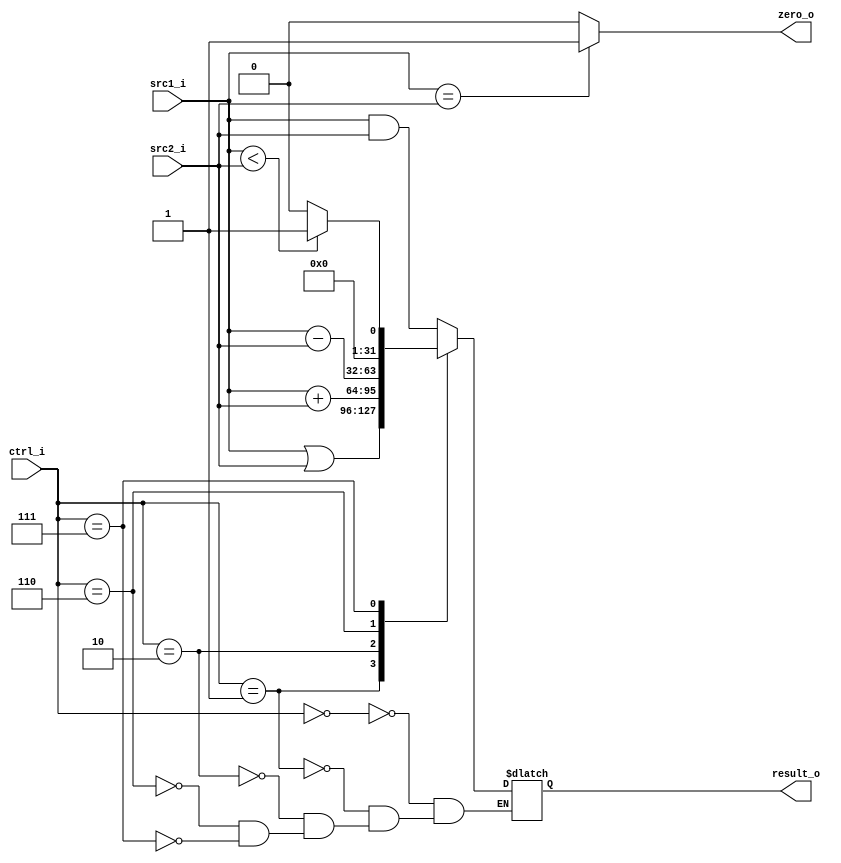
//Subject:     Architecture project 2 - ALU
//--------------------------------------------------------------------------------
//Version:     1
//--------------------------------------------------------------------------------
//Writer:      
//----------------------------------------------
//Date:        
//----------------------------------------------
//Description: 
//--------------------------------------------------------------------------------

module ALU(
    src1_i,
	src2_i,
	ctrl_i,
	result_o,
	zero_o
	);
     
//I/O ports
input  [32-1:0]  src1_i;
input  [32-1:0]	 src2_i;
input  [4-1:0]   ctrl_i;

output [32-1:0]	 result_o;
output           zero_o;

//Internal signals
reg    [32-1:0]  result_o;
wire             zero_o;

//Parameter
`define And 4'b0000
`define Or 4'b0001
`define Add 4'b0010
`define Sub 4'b0110
`define Slt 4'b0111

//Main function
	assign zero_o = (src1_i==src2_i)? 1:0;
	
	always@(*) begin
		case(ctrl_i)
			`And: begin	
				result_o = src1_i & src2_i;
			end
			`Or: begin
				result_o = src1_i | src2_i;
			end
			`Add: begin
				result_o = src1_i + src2_i;
			end
			`Sub: begin 	
				result_o = src1_i - src2_i;
			end
			`Slt: begin
				result_o = ($signed(src1_i)<$signed(src2_i))? 1:0 ;
			end
			default: begin
				
			end
		endcase
	end
endmodule